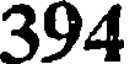
394